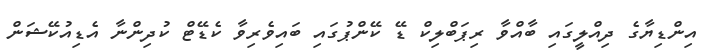
އިންޑިޔާގެ ދިއްލީގައި ބާއްވާ ރިޕަބްލިކް ޑޭ ކޭންޕުގައި ބައިވެރިވާ ކެޑޭޓް ކުދިންނާ އެޑިއުކޭޝަން